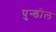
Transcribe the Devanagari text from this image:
पुन्डोल